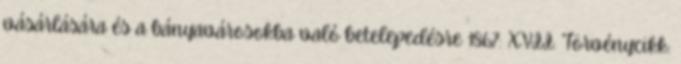
vásárlására és a bányavárosokba való betelepedésre 1867: XVII. Törvénycikk: